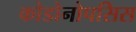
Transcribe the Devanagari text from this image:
कोडोनोपसिस